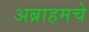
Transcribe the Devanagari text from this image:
अब्राहमचे